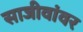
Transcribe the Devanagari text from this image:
साजीवांवर